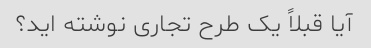
آیا قبلاً یک طرح تجاری نوشته اید؟